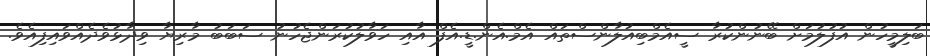
ބަލިމީހުން އުފުލުމަށް ބޭނުންކުރާ ސީއެމްބިއުލާންސްތައް އެމް.އެން.ޑީ.އެފް އާއި ހަވާލުކުރަންޖެހުނު ސަބަބު މާރިޔާ ވިދާޅުވެދެއްވައިފިއެވެ.